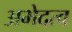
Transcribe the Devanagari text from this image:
अभेदत्व